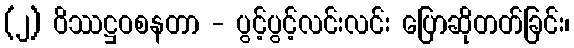
(၂) ဝိဿဋ္ဌဝစနတာ - ပွင့်ပွင့်လင်းလင်း ပြောဆိုတတ်ခြင်း၊